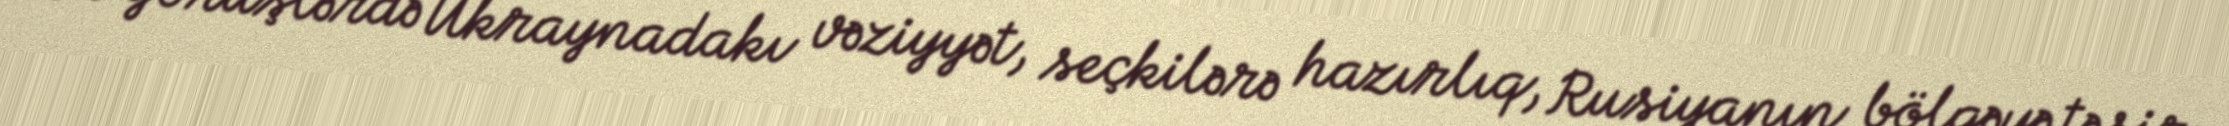
Bu görüşlərdə Ukraynadakı vəziyyət, seçkilərə hazırlıq, Rusiyanın bölgəyə təsir